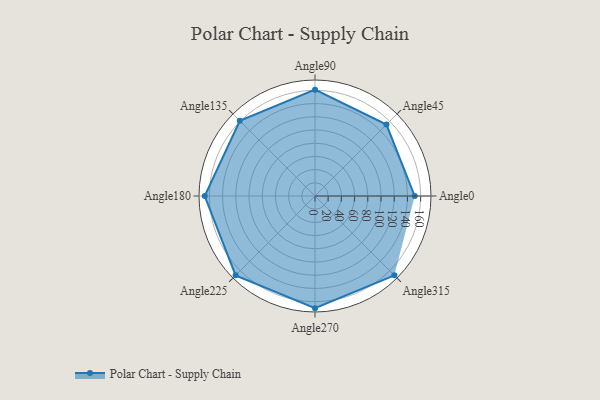
{"axis": {"x": "Angle", "y": "Radius"}, "legend": [""], "data": [{"x": "Angle0", "y": 151.0, "type": ""}, {"x": "Angle45", "y": 153.0, "type": ""}, {"x": "Angle90", "y": 161.0, "type": ""}, {"x": "Angle135", "y": 161.0, "type": ""}, {"x": "Angle180", "y": 167.0, "type": ""}, {"x": "Angle225", "y": 170, "type": ""}, {"x": "Angle270", "y": 170, "type": ""}, {"x": "Angle315", "y": 170, "type": ""}]}